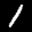
Label: 1